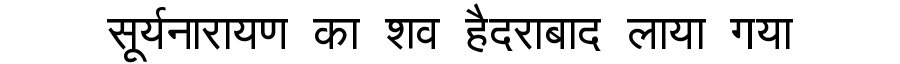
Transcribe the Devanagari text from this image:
सूर्यनारायण का शव हैदराबाद लाया गया